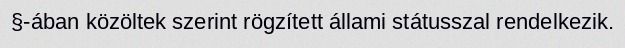
§-ában közöltek szerint rögzített állami státusszal rendelkezik.